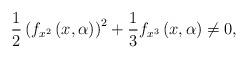
LaTeX: \begin{align*}\frac{1}{2}\left( f_{x^{2}}\left( x,\alpha\right) \right) ^{2}+\frac{1}{3}f_{x^{3}}\left( x,\alpha\right) \not =0, \end{align*}